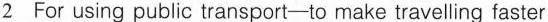
2 For using public transport-to make travelling faster